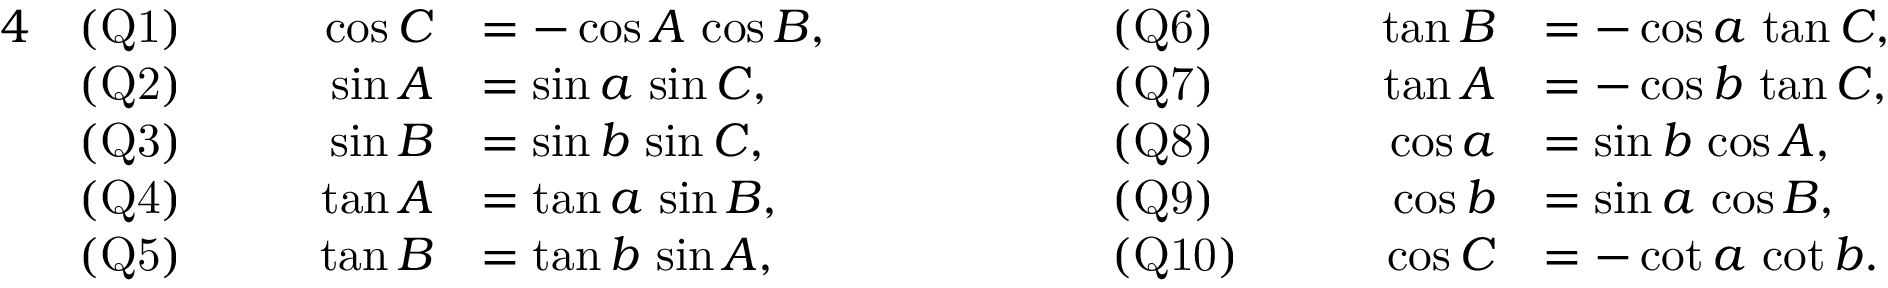
{ \begin{array} { r l r l r l r l } { { 4 } } & { { \mathrm { ( Q 1 ) } } } & { \qquad \cos C } & { = - \cos A \, \cos B , } & { \qquad \qquad } & { { \mathrm { ( Q 6 ) } } } & { \qquad \tan B } & { = - \cos a \, \tan C , } \\ & { { \mathrm { ( Q 2 ) } } } & { \sin A } & { = \sin a \, \sin C , } & & { { \mathrm { ( Q 7 ) } } } & { \tan A } & { = - \cos b \, \tan C , } \\ & { { \mathrm { ( Q 3 ) } } } & { \sin B } & { = \sin b \, \sin C , } & & { { \mathrm { ( Q 8 ) } } } & { \cos a } & { = \sin b \, \cos A , } \\ & { { \mathrm { ( Q 4 ) } } } & { \tan A } & { = \tan a \, \sin B , } & & { { \mathrm { ( Q 9 ) } } } & { \cos b } & { = \sin a \, \cos B , } \\ & { { \mathrm { ( Q 5 ) } } } & { \tan B } & { = \tan b \, \sin A , } & & { { \mathrm { ( Q 1 0 ) } } } & { \cos C } & { = - \cot a \, \cot b . } \end{array} }